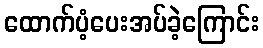
ထောက်ပံ့ပေးအပ်ခဲ့ကြောင်း